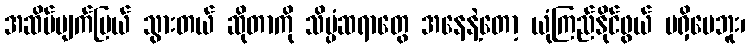
အဆိပ်ပျက်ပြယ် သွားတယ် ဆိုတာကို သိပ္ပံဆရာတွေ အနေနဲ့တော့ ယုံကြည်နိုင်ဖွယ် မရှိပေဘူး၊